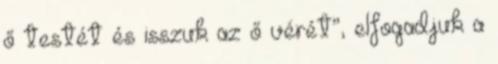
ő testét és isszuk az ő vérét”, elfogadjuk a